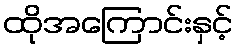
ထိုအကြောင်းနှင့်